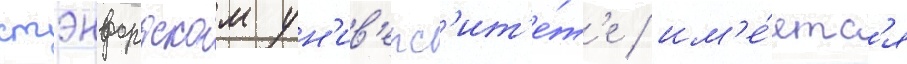
стэнфордском ун'ив'ерс'ит'е́т'е / им'е́етс'я